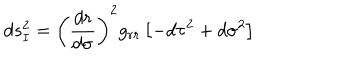
d s _ { I } ^ { 2 } = \left( \frac { d r } { d \sigma } \right) ^ { 2 } g _ { r r } \left[ - d \tau ^ { 2 } + d \sigma ^ { 2 } \right]